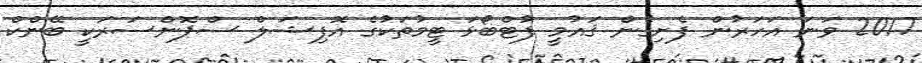
2017 ވަނަ އަހަރުން ފެށިގެން ޤައުމީ ފުޓްބޯޅަ ޓީމުތަކުގެ އޮފިޝަލް ސްޕޮންސަރަކީ ބޭންކް